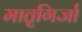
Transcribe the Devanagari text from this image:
मातृगिर्जा